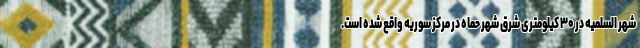
شهر السلمیه در ۳۰ کیلومتری شرق شهر حماه در مرکز سوریه واقع شده است.